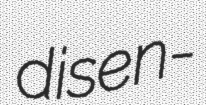
disen-